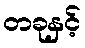
တခုနှင့်